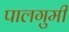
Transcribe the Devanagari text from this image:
पालगुमी